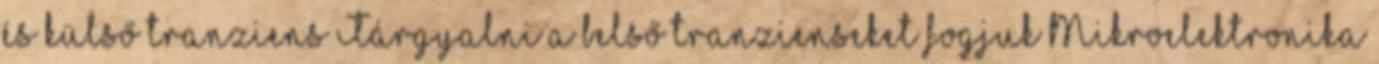
és külső tranziens Tárgyalni a belső tranzienseket fogjuk Mikroelektronika